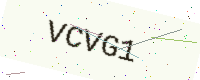
Text: VCVG1